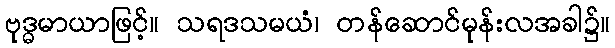
ဗုဒ္ဓမာယာဖြင့်။ သရဒသမယံ၊ တန်ဆောင်မုန်းလအခါ၌။